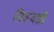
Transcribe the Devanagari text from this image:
तिरूवडी